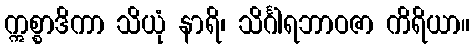
ဣစ္စာဒိကာ သိယုံ နာရိ၊ သိင်္ဂါရဘာဝဇာ ကိရိယာ။